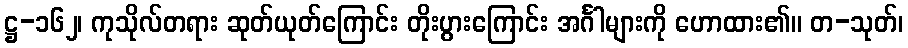
ဋ္ဌ-၁၆၂၊ ကုသိုလ်တရား ဆုတ်ယုတ်ကြောင်း တိုးပွားကြောင်း အင်္ဂါများကို ဟောထား၏။ တ-သုတ်၊